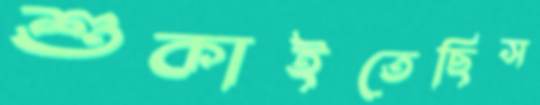
শুকাইতেছিস